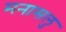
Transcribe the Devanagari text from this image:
मनासलु